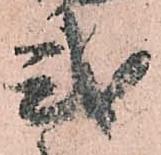
式